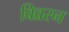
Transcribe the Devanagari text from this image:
विव्ररन